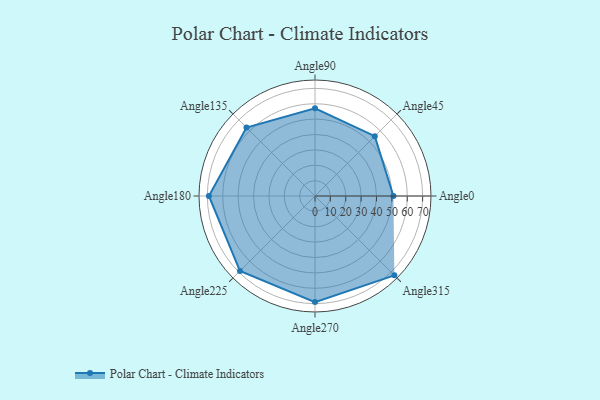
{"axis": {"x": "Angle", "y": "Radius"}, "legend": [""], "data": [{"x": "Angle0", "y": 51.0, "type": ""}, {"x": "Angle45", "y": 55.0, "type": ""}, {"x": "Angle90", "y": 57.0, "type": ""}, {"x": "Angle135", "y": 63.0, "type": ""}, {"x": "Angle180", "y": 69.0, "type": ""}, {"x": "Angle225", "y": 69.0, "type": ""}, {"x": "Angle270", "y": 69.0, "type": ""}, {"x": "Angle315", "y": 73.0, "type": ""}]}